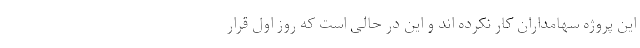
این پروژه سهامداران کار نکرده اند و این در حالی است که روز اول قرار